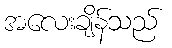
အလေးချိန်သည်